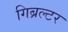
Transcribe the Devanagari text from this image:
गिब्रल्टर